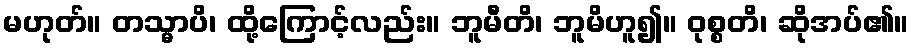
မဟုတ်။ တသ္မာပိ၊ ထို့ကြောင့်လည်း။ ဘူမီတိ၊ ဘူမိဟူ၍။ ဝုစ္စတိ၊ ဆိုအပ်၏။